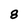
Character: 8